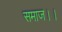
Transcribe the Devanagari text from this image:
समाज।।